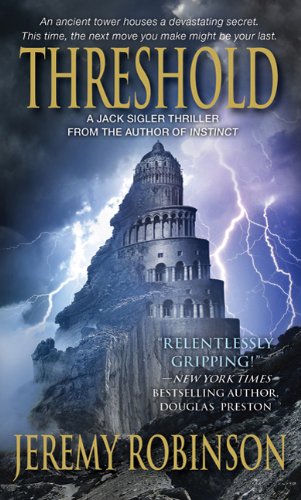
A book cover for Threshold (A Jack Sigler Thriller); Jeremy Robinson; Science Fiction & Fantasy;